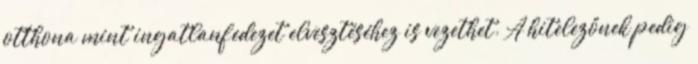
otthona mint ingatlanfedezet elvesztéséhez is vezethet. A hitelezőnek pedig